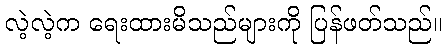
လဲ့လဲ့က ရေးထားမိသည်များကို ပြန်ဖတ်သည်။